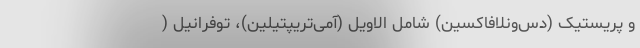
و پریستیک (دس‌ونلافاکسین) شامل الاویل (آمی‌تریپتیلین)، توفرانیل (